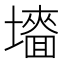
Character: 𡒜